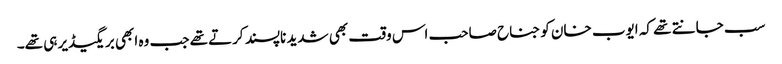
سب جانتے تھے کہ ایوب خان کو جناح صاحب اس وقت بھی شدید ناپسند کرتے تھے جب وہ ابھی بریگیڈیر ہی تھے۔